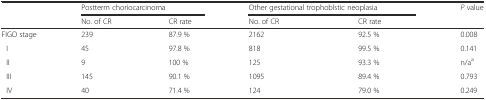
<table><thead><tr><td></td><td colspan="2"><b>Postterm choriocarcinoma</b></td><td colspan="2"><b>Other gestational trophoblstic neoplasia</b></td><td><b><i>P</i> value</b></td></tr><tr><td></td><td><b>No. of CR</b></td><td><b>CR rate</b></td><td><b>No. of CR</b></td><td><b>CR rate</b></td><td></td></tr></thead><tbody><tr><td>FIGO stage</td><td>239</td><td>87.9 %</td><td>2162</td><td>92.5 %</td><td>0.008</td></tr><tr><td>I</td><td>45</td><td>97.8 %</td><td>818</td><td>99.5 %</td><td>0.141</td></tr><tr><td>II</td><td>9</td><td>100 %</td><td>125</td><td>93.3 %</td><td>n/a<sup>a</sup></td></tr><tr><td>III</td><td>145</td><td>90.1 %</td><td>1095</td><td>89.4 %</td><td>0.793</td></tr><tr><td>IV</td><td>40</td><td>71.4 %</td><td>124</td><td>79.0 %</td><td>0.249</td></tr></tbody></table>